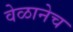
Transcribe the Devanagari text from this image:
वेळानेच